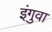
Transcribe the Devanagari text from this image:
इंगुवा